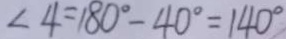
\angle 4 = 1 8 0 ^ { \circ } - 4 0 ^ { \circ } = 1 4 0 ^ { \circ }